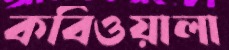
কবিওয়ালা